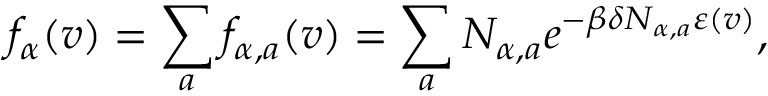
f _ { \alpha } ( \boldsymbol { v } ) = \sum _ { a } f _ { \alpha , a } ( \boldsymbol { v } ) = \sum _ { a } N _ { \alpha , a } e ^ { - \beta \delta N _ { \alpha , a } \varepsilon ( \v { v } ) } ,